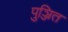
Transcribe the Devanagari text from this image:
पुञ्जित